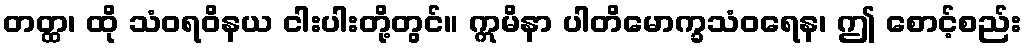
တတ္ထ၊ ထို သံဝရဝိနယ ငါးပါးတို့တွင်။ ဣမိနာ ပါတိမောက္ခသံဝရေန၊ ဤ စောင့်စည်း